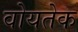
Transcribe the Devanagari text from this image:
वोयतेक